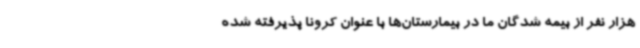
هزار نفر از بیمه شدگان ما در بیمارستان‌ها با عنوان کرونا پذیرفته شده